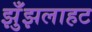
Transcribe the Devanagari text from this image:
झुँझलाहट